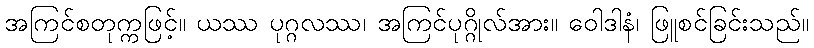
အကြင်စတုက္ကဖြင့်။ ယဿ ပုဂ္ဂလဿ၊ အကြင်ပုဂ္ဂိုလ်အား။ ဝေါဒါနံ၊ ဖြူစင်ခြင်းသည်။